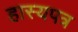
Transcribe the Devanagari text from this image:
हास्यपत्र